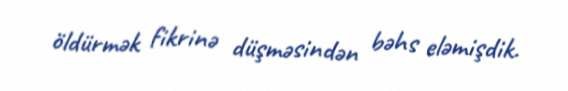
öldürmək fikrinə düşməsindən bəhs eləmişdik.